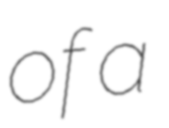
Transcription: of a